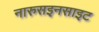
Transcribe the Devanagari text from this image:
नारुसइनसाइट